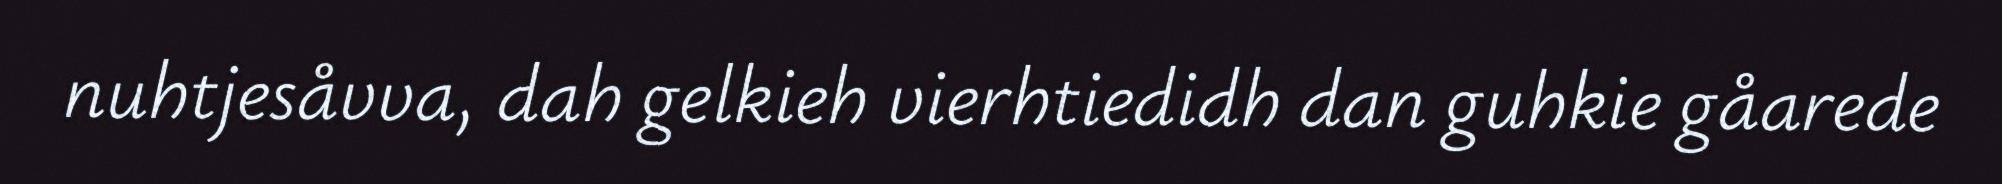
nuhtjesåvva, dah gelkieh vierhtiedidh dan guhkie gåarede